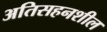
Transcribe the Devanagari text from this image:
अतिसहनशील